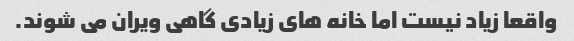
واقعا زیاد نیست اما خانه های زیادی گاهی ویران می شوند.